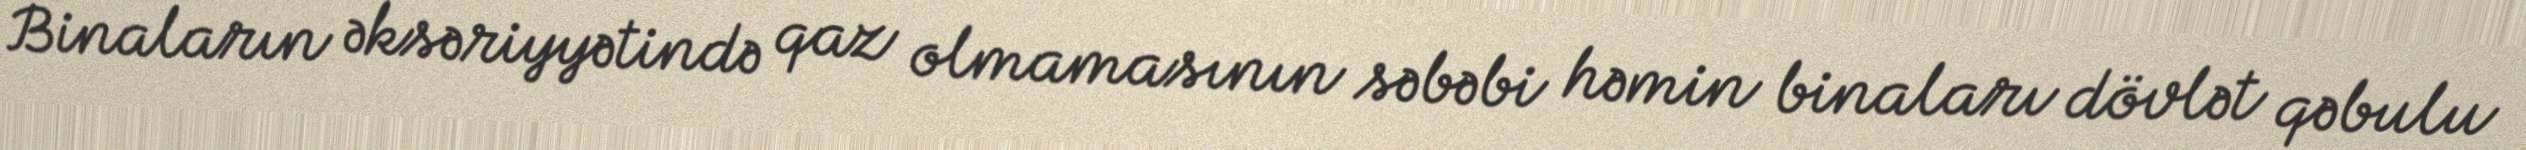
Binaların əksəriyyətində qaz olmamasının səbəbi həmin binaları dövlət qəbulu